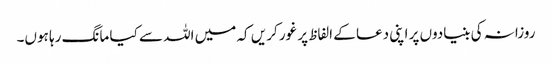
روزانہ کی بنیادوں پر اپنی دعا کے الفاظ پر غور کریں کہ میں اللہ سے کیا مانگ رہا ہوں۔